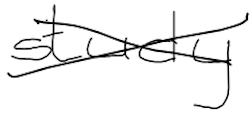
Text: study
Cross-out: cross
Writing tool: digital_black